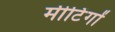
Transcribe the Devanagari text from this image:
मीटिंगों